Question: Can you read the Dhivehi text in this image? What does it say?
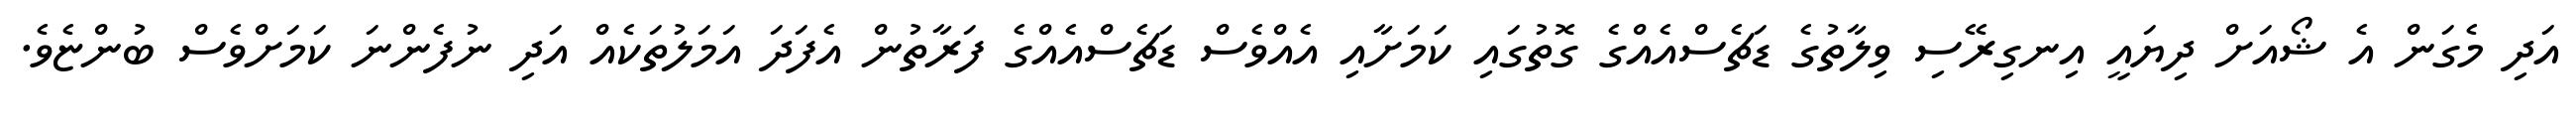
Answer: އަދި މެގަން އެ ޝޯއަށް ދިޔައީ އިނގިރޭސި ވިލާތުގެ ޑަޗެސްއެއްގެ ގޮތުގައި ކަމަށާއި އެއްވެސް ޑަޗެސްއެއްގެ ފަރާތުން އެފަދަ އަމަލުތަކެއް އަދި ނުފެންނަ ކަމަށްވެސް ބުންޏެވެ.